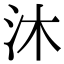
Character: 沐